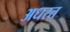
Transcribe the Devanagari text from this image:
अधरत